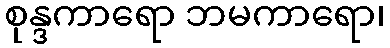
စုန္ဒကာရော ဘမကာရော၊